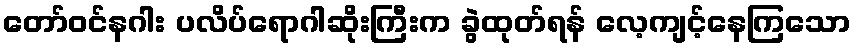
တော်ဝင်နဂါး ပလိပ်ရောဂါဆိုးကြီးက ခွဲထုတ်ရန် လေ့ကျင့်နေကြသော